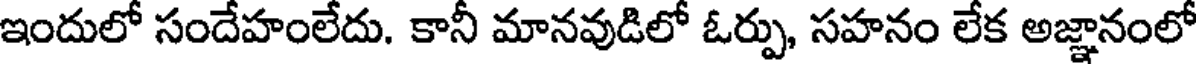
ఇందులో సందేహంలేదు. కానీ మానవుడిలో ఓర్పు, సహనం లేక అజ్ఞానంలో